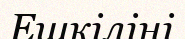
Ешкіліні